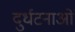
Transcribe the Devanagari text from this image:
दुर्धटनाओं